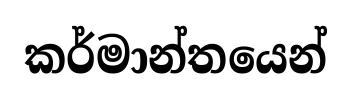
කර්මාන්තයෙන්